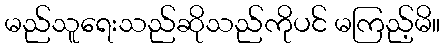
မည်သူရေးသည်ဆိုသည်ကိုပင် မကြည့်မိ။